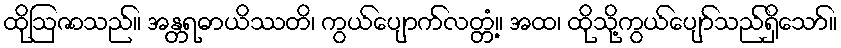
ထိုဩဇာသည်။ အန္တရဓာယိဿတိ၊ ကွယ်ပျောက်လတ္တံ့။ အထ၊ ထိုသို့ကွယ်ပျော်သည်ရှိသော်။